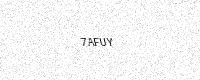
Text: 7AFUY